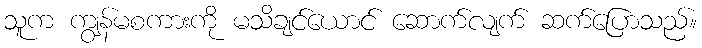
သူက ကျွန်မစကားကို မသိချင်ယောင် ဆောက်လျက် ဆက်ပြောသည်။